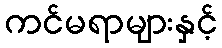
ကင်မရာများနှင့်